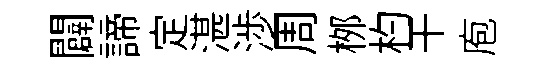
闢諦定湛渉周桞杓干庖